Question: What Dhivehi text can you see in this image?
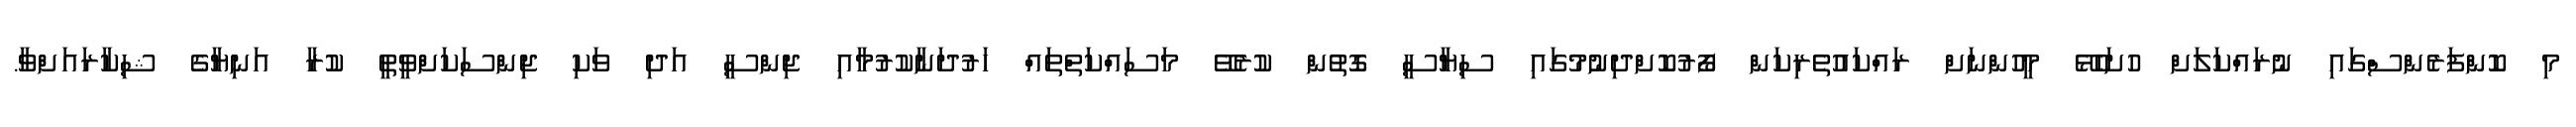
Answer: މި ކޮންފަރެންސްގައި ނުރައްކަލަށް ހުށަހެޅޭ މީހުންނަށް ރައްކައުތެރިކަން ފޯރުކޮށްދިނުމުގައި ސިޔާސީ ގޮތުން ކުރެވޭ މަސައްކަތްތައް ހަރުދަނާކުރުމާއި ޖިންސީ އަދި ވަކި ޖިންސަކަށްވީތީ ކުރާ އަނިޔާގެ ޝިކާރައަށްވާ.